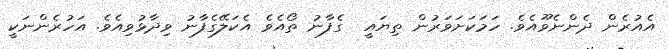
އެއުރެން ދެންނެވޫއެވެ. ހަމަކަށަވަރުން ތިޔައީ  ގެފާނު ތޯއެވެ އެކަލޭގެފާނު ވިދާޅުވިއެވެ. އަހުރެންނަކީ